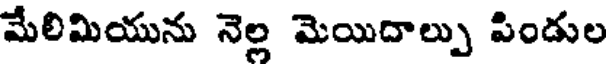
మేలిమియును నెల్ల మెయిదాల్పు పిండుల